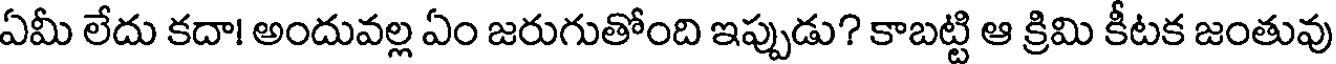
ఏమీ లేదు కదా! అందువల్ల ఏం జరుగుతోంది ఇప్పుడు? కాబట్టి ఆ క్రిమి కీటక జంతువు